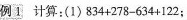
例Ⅰ计算：(1)$$8 3 4 + 2 7 8 - 6 3 4 + 1 2 2$$；